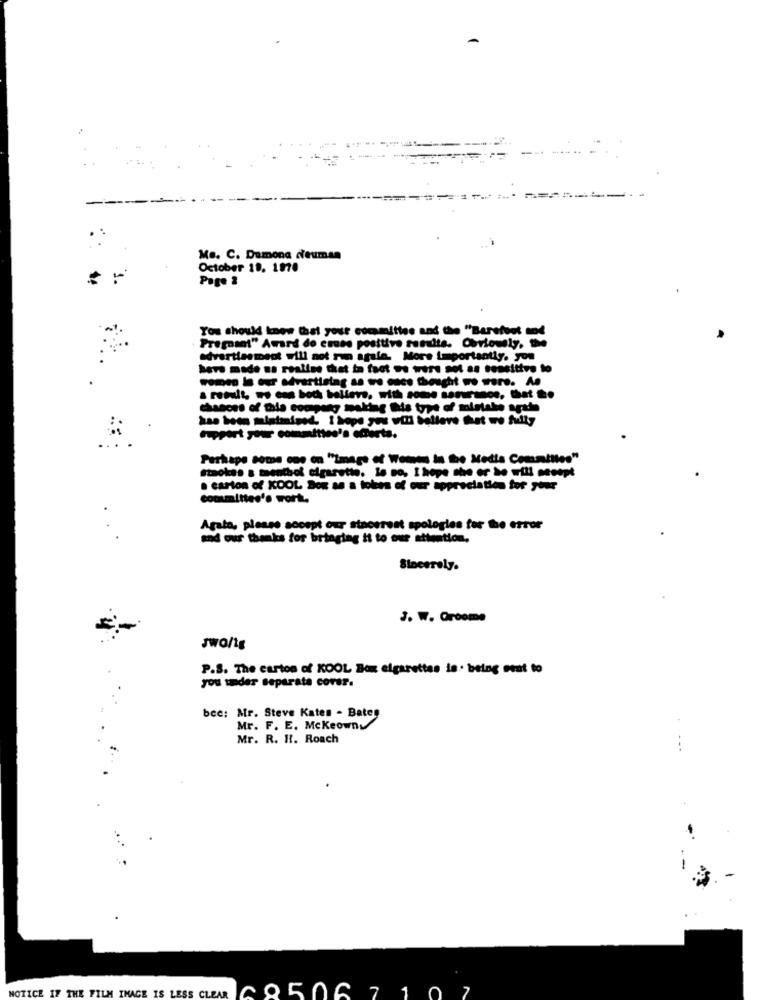
Me. C. Damona cieuman
October 19. 1870
Page 3
You should know that your committee and the "Barefoot tod
Pregnant" Award do emse positive rundts. Obviously.
advertisement will not run agala. More importantly. you
have made us realise that in fact os were not as sensitive to
chances of the company making this type of mistake artis
mupport your committee's offerta.
Perhaps some one on "Image of Womes in the Media Committee"
Staoken a taenthof cigarette. le so. I hope she er he will mesept
. carton of KOOL Dox as a toles of our appreciation for your
committee's work.
Agata, please accept our stacerest apologies for the error
and our thanks for bringing it to our attention,
Stocerely.
J. W. Groome
P.S. The carton of KOOL Box cigarettes is. being sent to
you under separata corar.
bce: Mr. Steve Kates . Bates
Mr. F. E. Mckeowny
Mr. R. 11. Roach
...
NOTICE IF THE FILM IMAGE IS LESS CLEAR
0 8506 7 10 7